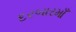
દરબારમાઁ